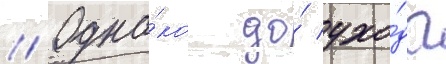
// Одна́ко до́ ухо́да